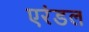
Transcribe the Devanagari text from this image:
एरंडल